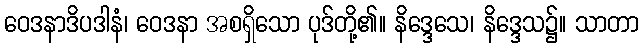
ဝေဒနာဒိပဒါနံ၊ ဝေဒနာ အစရှိသော ပုဒ်တို့၏။ နိဒ္ဒေသေ၊ နိဒ္ဒေသ၌။ သာတာ